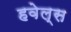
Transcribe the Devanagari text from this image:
हवेल्स